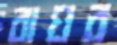
বাঘর